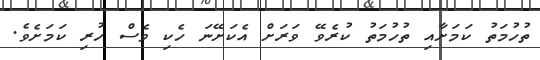
ތުހުމަތު ކަމަށާއި ތުހުމަތު ކުރެވޭ ވަރަށް އެކަށޭނަ ހެކި ވެސް ހުރި ކަމަށެވެ.